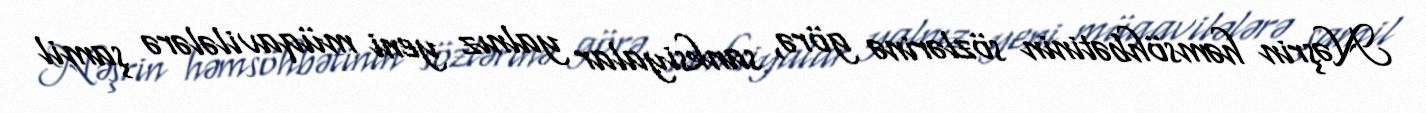
Nəşrin həmsöhbətinin sözlərinə görə, sanksiyalar yalnız yeni müqavilələrə şamil